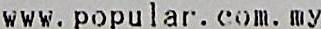
WWW.POPULAR.COM.MY